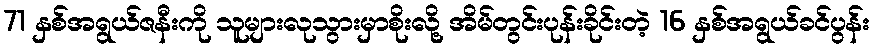
71 နှစ်အရွယ်ဇနီးကို သူများလုသွားမှာစိုးလို့ အိမ်တွင်းပုန်းခိုင်းတဲ့ 16 နှစ်အရွယ်ခင်ပွန်း